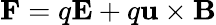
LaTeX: \mathbf{F}=q\mathbf{E}+q\mathbf{u}\times\mathbf{B}